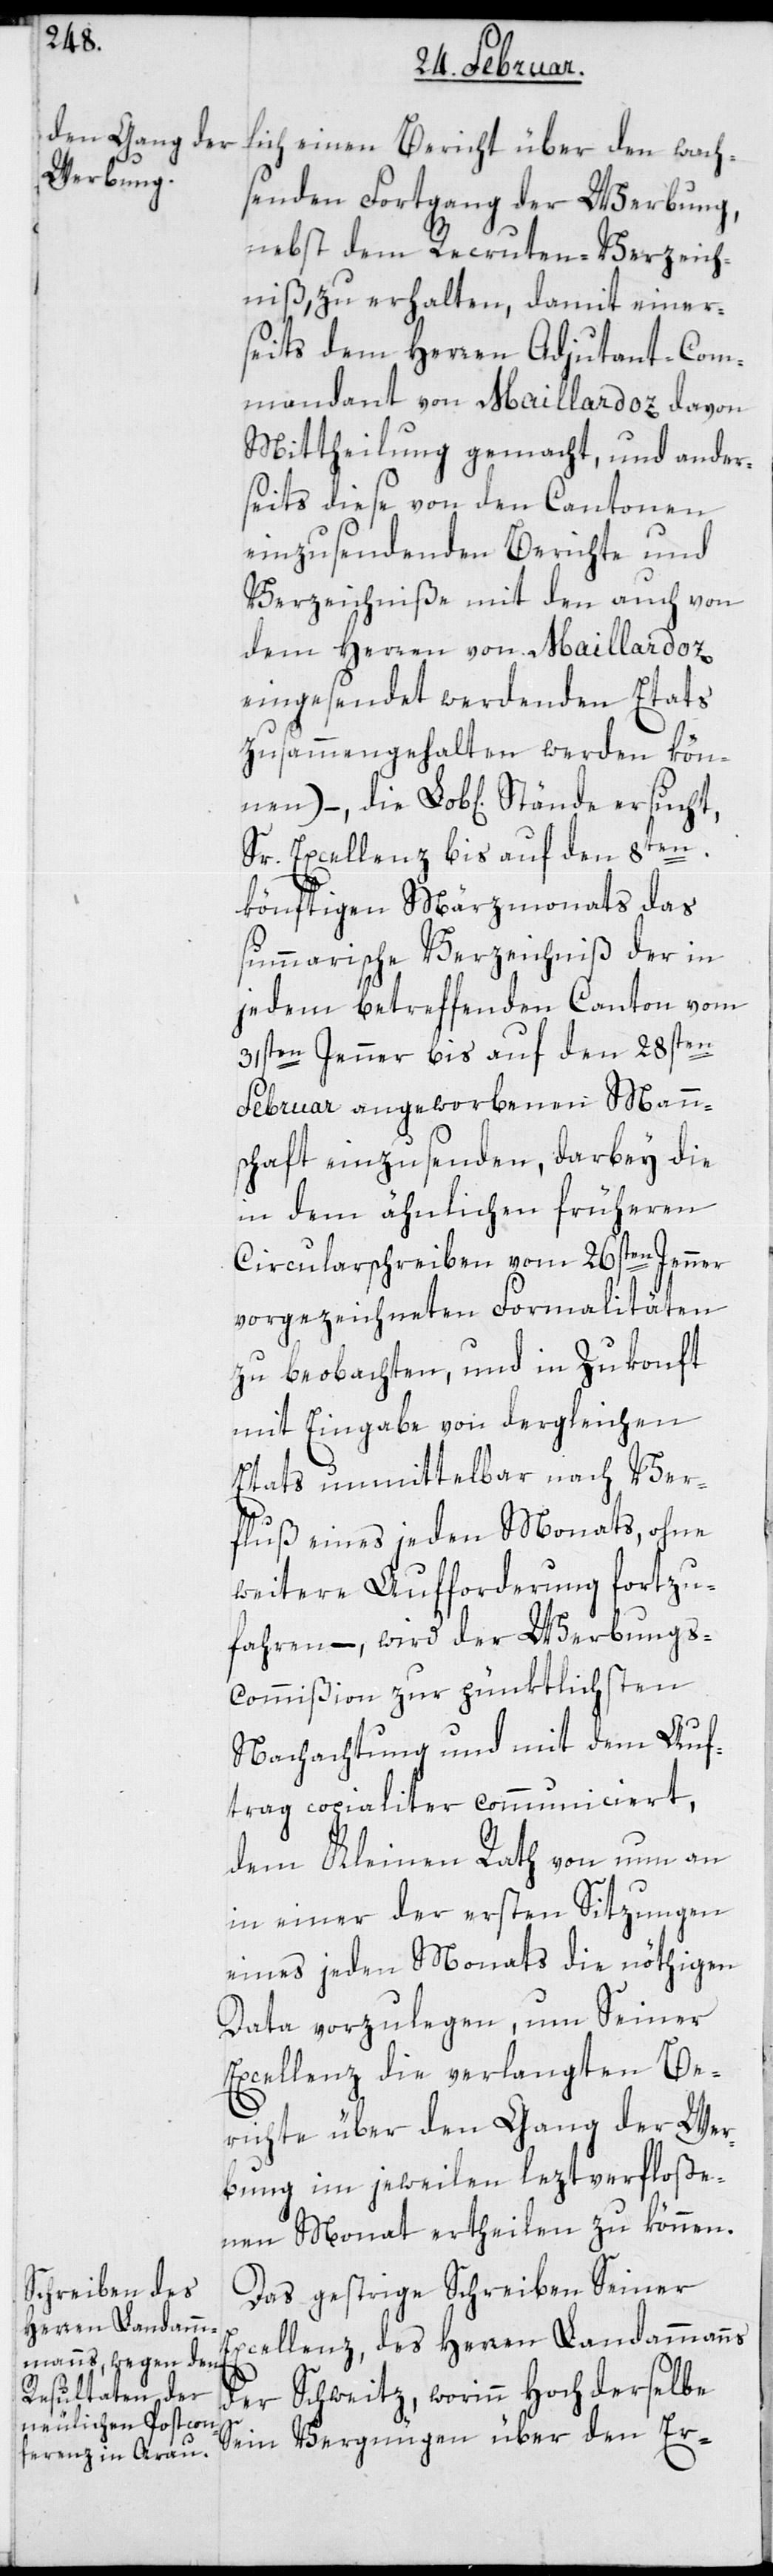
lich einen Bericht über den wach¬
senden Fortgang der Werbung,
nebst dem Recruten-Verzeich¬
niß zu erhalten, damit einer¬
seits dem Herren Adjudant-Com¬
mandant von Maillardoz davon
Mittheilung gemacht, und ander¬
seits diese von den Cantonen
einzusendenden Berichte und
Verzeichniße mit den auch von
dem Herren von Maillardoz
eingesendet werdenden Etats
zusammengehalten werden können),
Sr Excellenz bis auf den 8ten.
könftigen Märzmonat das
summarische Verzeichniß der in
jedem betreffenden Canton vom
31sten Jenner bis auf den 28sten
Februar angeworbenen Mann¬
schaft einzusenden, darbey die
in dem ähnlichen früheren
Circularschreiben vom 26sten Jenner
vorgezeichneten Formalitäten
zu beobachten, und in Zukonft
mit Eingabe von dergleichen
Etats unmittelbar nach Ver¬
fluß eines jeden Monats, ohne
weitere Aufforderung fortzu¬
fahren, – wird der Werbungs-C¬
ommißion zur pünktlichsten
Nachachtung und mit dem Auf¬
trag copialiter communiciert,
dem Kleinen Rath von nun an
in einer der ersten Sitzungen
eines jeden Monats die nöthigen
Data vorzulegen, um Seiner
Excellenz die verlangten Be¬
richte über den Gang der Wer¬
bung im jeweilen leztverfloße¬
nen Monat ertheilen zu können.
Das gestrige Schreiben Seiner
Excellenz des Herren Landammanns
der Schweitz, worinn hochderselbe
sein Vergnügen über den Er-